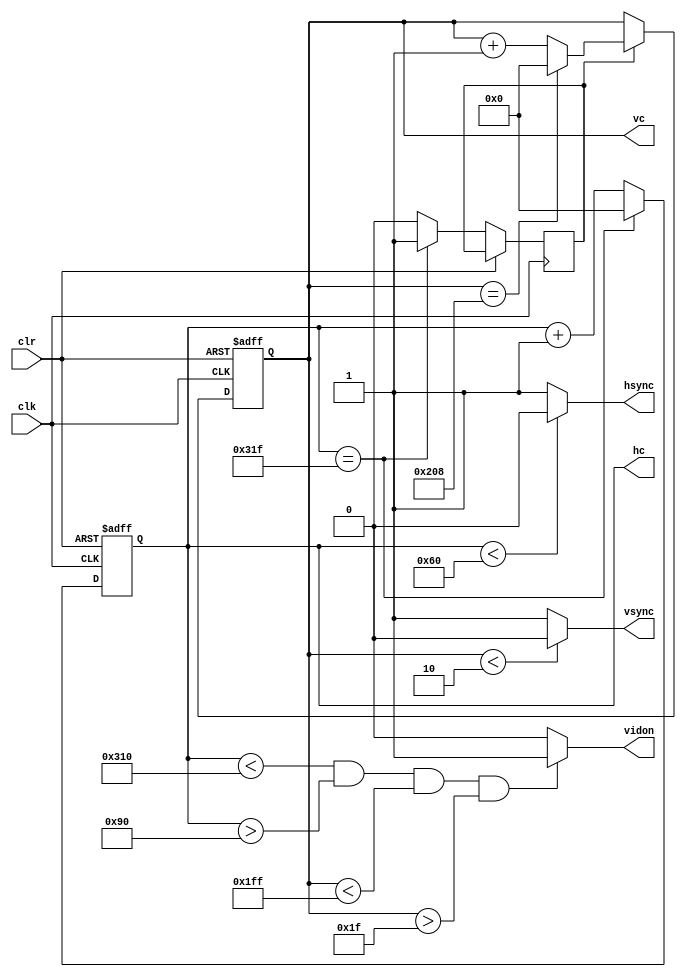
module vga_640_480_stripes(
	input wire clk,
	input wire clr,
	output reg hsync,
	output reg vsync,
	output reg [9:0] hc,
	output reg [9:0] vc,
	output reg vidon
    );
	 parameter hpixels = 10'b1100100000, 
				  vlines = 10'b1000001001, 
				  hbp = 10'b0010010000, 
				  hfp = 10'b1100010000, 
				  vbp = 10'b0000011111, 
				  vfp = 10'b0111111111; 
	 reg vsenable; 
	 always @(posedge clk or posedge clr)
	 begin
		if(clr==1)
			hc<=0;
		else
		begin
			if(hc==hpixels-1)
				begin 
					hc<=0;
					vsenable <=1;
				end
			else
			begin
				hc<=hc+1;
				vsenable <= 0;
			end
		end
	end
	always @ (*)
	begin 
		if(hc<96)
			hsync=0;
		else
			hsync=1;
		end
	always @ (posedge clk or posedge clr)
	begin
		if(clr==1)
			vc<=0;
		else
			if(vsenable==1)
			begin
				if(vc==vlines-1)
					vc<=0;
				else
					vc<=vc+1;
			end
		end
	always @(*)
		begin
			if(vc<2)
				vsync=0;
			else 
				vsync=1;
		end
	always@(*)
	begin
		if((hc<hfp)&&(hc>hbp)&&(vc<vfp)&&(vc>vbp))
			vidon = 1;
		else
			vidon = 0;
	end
endmodule